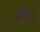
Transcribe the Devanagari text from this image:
पितुः